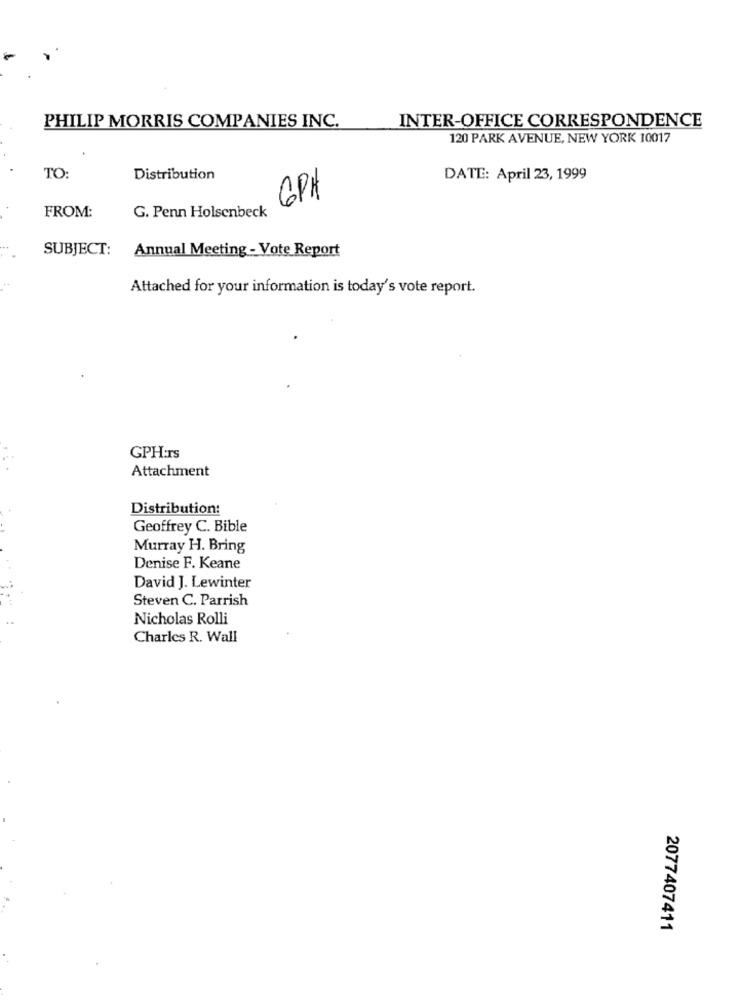
PHILIP MORRIS COMPANIES INC.
INTER-OFFICE CORRESPONDENCE
120 PARK AVENUE, NEW YORK 10017
TO:
Distribution
DATE: April 23, 1999
CPA
G. Penn Holsenbeck
FROM:
SUBJECT:
Annual Meeting - Vote Report
Attached for your information is today's vote report.
GPH:Is
Attachment
Distribution:
Geoffrey C. Bible
Murray H. Bring
Denise F. Keane
David J. Lewinter
Steven C. Parrish
Nicholas Rolli
Charles R. Wall
2077407411